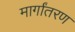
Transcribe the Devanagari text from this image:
मार्गांतरण